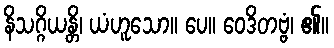
နိသဂ္ဂိယန္တိ၊ ယံဟူသော။ ပေ။ ဝေဒိတဗ္ဗံ၊ ၏။